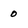
Character: 0